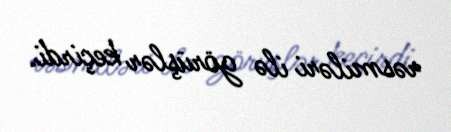
rəsmiləri ilə görüşlər keçirdi.